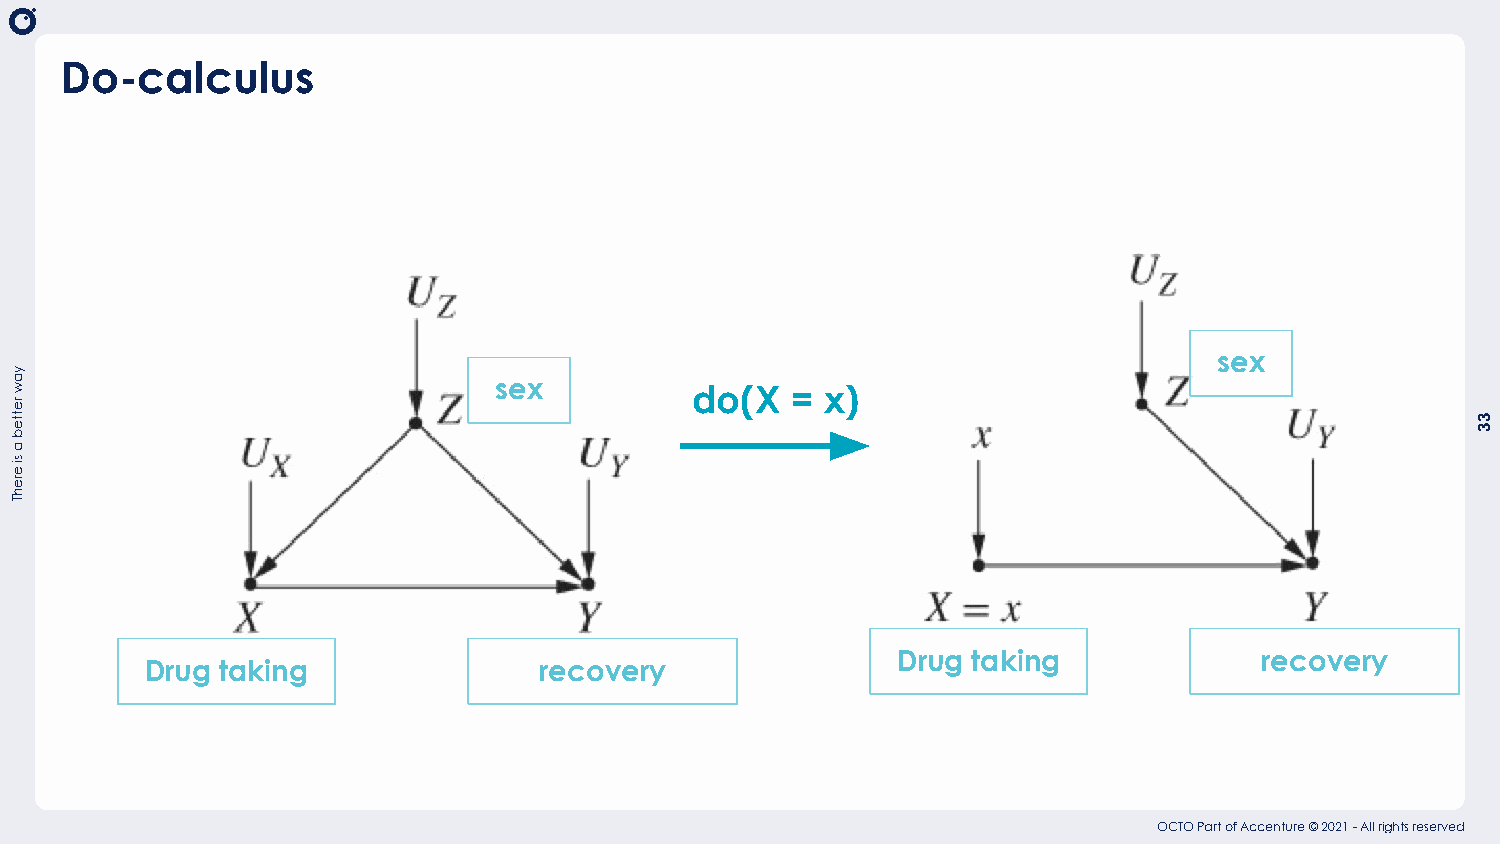
Do-calculus
 sex
 sex
 do(X  =  x)
 Drug taking              recovery
 Drug taking               recovery
 OCTO Part of Accenture © 2021 - All rights reserved
 yaw
 retteb
 a
 si
 erehT
 33